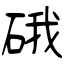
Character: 硪